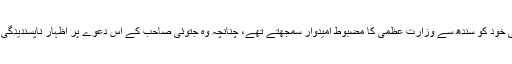
جونیجو صاحب بھی خود کو سندھ سے وزارتِ عظمیٰ کا مضبوط اُمیدوار سمجھتے تھے، چنانچہ وہ جتوئی صاحب کے اس دعوے پر اظہارِ ناپسندیدگی کئے بغیر نہ رہے۔